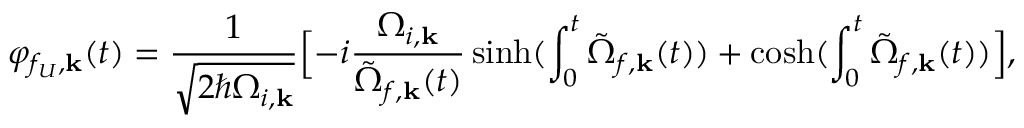
\varphi _ { f _ { U } , { \bf k } } ( t ) = \frac { 1 } { \sqrt { 2 \hbar \Omega _ { i , { \bf k } } } } \Bigl [ - i \frac { \Omega _ { i , { \bf k } } } { \tilde { \Omega } _ { f , { \bf k } } ( t ) } \sinh ( \int _ { 0 } ^ { t } \tilde { \Omega } _ { f , { \bf k } } ( t ) ) + \cosh ( \int _ { 0 } ^ { t } \tilde { \Omega } _ { f , { \bf k } } ( t ) ) \Bigr ] ,